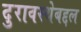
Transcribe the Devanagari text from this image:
दुरावस्थेबद्दल